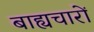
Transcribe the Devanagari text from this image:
बाह्यचारों